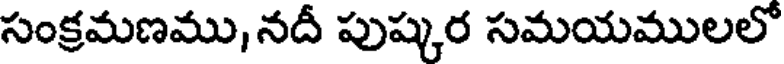
సంక్రమణము, నదీ పుష్కర సమయములలో